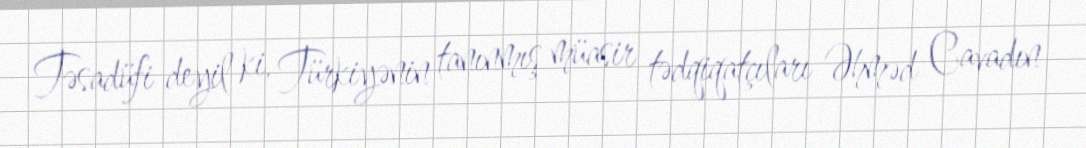
Təsadüfi deyil ki, Türkiyənin tanınmış müasir tədqiqatçıları Əhməd Cavadın